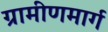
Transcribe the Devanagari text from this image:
ग्रामीणमार्ग